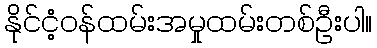
နိုင်ငံ့ဝန်ထမ်းအမှုထမ်းတစ်ဦးပါ။